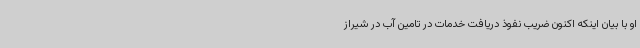
او با بیان اینکه اکنون ضریب نفوذ دریافت خدمات در تامین آب در شیراز